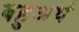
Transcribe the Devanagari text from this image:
बहुअर्थ